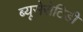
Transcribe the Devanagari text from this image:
ब्यूसेरोटिडी